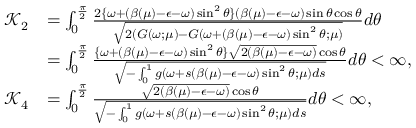
\begin{array} { r l } { { \mathcal K } _ { 2 } } & { = \int _ { 0 } ^ { \frac \pi 2 } \frac { 2 \{ \omega + ( \beta ( \mu ) - { \epsilon } - \omega ) \sin ^ { 2 } \theta \} ( \beta ( \mu ) - { \epsilon } - \omega ) \sin \theta \cos \theta } { \sqrt { 2 ( G ( \omega ; \mu ) - G ( \omega + ( \beta ( \mu ) - { \epsilon } - \omega ) \sin ^ { 2 } \theta ; \mu ) } } d \theta } \\ & { = \int _ { 0 } ^ { \frac \pi 2 } \frac { \{ \omega + ( \beta ( \mu ) - { \epsilon } - \omega ) \sin ^ { 2 } \theta \} \sqrt { 2 ( \beta ( \mu ) - { \epsilon } - \omega ) } \cos \theta } { \sqrt { - \int _ { 0 } ^ { 1 } g ( \omega + s ( \beta ( \mu ) - { \epsilon } - \omega ) \sin ^ { 2 } \theta ; \mu ) d s } } d \theta < \infty , } \\ { { \mathcal K } _ { 4 } } & { = \int _ { 0 } ^ { \frac \pi 2 } \frac { \sqrt { 2 ( \beta ( \mu ) - { \epsilon } - \omega ) } \cos \theta } { \sqrt { - \int _ { 0 } ^ { 1 } g ( \omega + s ( \beta ( \mu ) - { \epsilon } - \omega ) \sin ^ { 2 } \theta ; \mu ) d s } } d \theta < \infty , } \end{array}